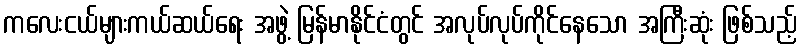
ကလေးငယ်များကယ်ဆယ်ရေး အဖွဲ့ မြန်မာနိုင်ငံတွင် အလုပ်လုပ်ကိုင်နေသော အကြီးဆုံး ဖြစ်သည့်